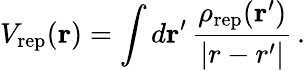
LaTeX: V_{\mathrm{rep}}({\mathbf r})=\int d\mathbf{r}^{\prime}\, \frac{\rho_{\mathrm{rep}}(\mathbf{r}^{\prime})}{|r-r^{\prime}|}\, .